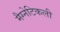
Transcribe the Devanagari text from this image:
मैग्नेटिकली